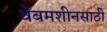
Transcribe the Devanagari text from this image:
वेबमशीनसाठी